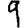
Digit: 9